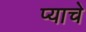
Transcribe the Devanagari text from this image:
प्याचे